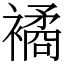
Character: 𧝃